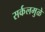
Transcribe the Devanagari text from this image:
सर्कलमुळे